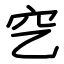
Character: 穵